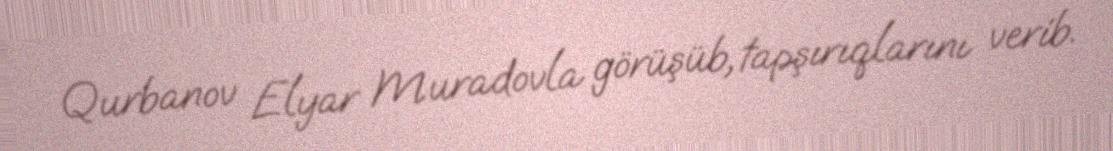
Qurbanov Elyar Muradovla görüşüb, tapşırıqlarını verib.